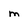
Character: m